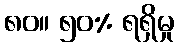
၈၀။ ၅၀% ရရှိမှု